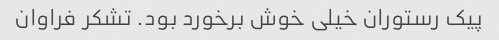
پیک رستوران خیلی خوش برخورد بود. تشکر فراوان